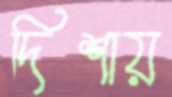
দিশায়